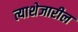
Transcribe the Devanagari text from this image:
त्याशेजारील